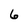
Character: 6